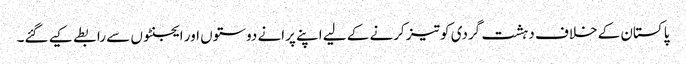
پاکستان کے خلاف دہشت گردی کو تیز کرنے کے لیے اپنے پرانے دوستوں اور ایجنٹوں سے رابطے کیے گئے۔